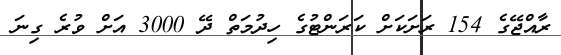
ރާއްޖޭގެ 154 ރަށަކަށް ކަރަންޓުގެ ހިދުމަތް ދޭ 3000 އަށް ވުރެ ގިނަ